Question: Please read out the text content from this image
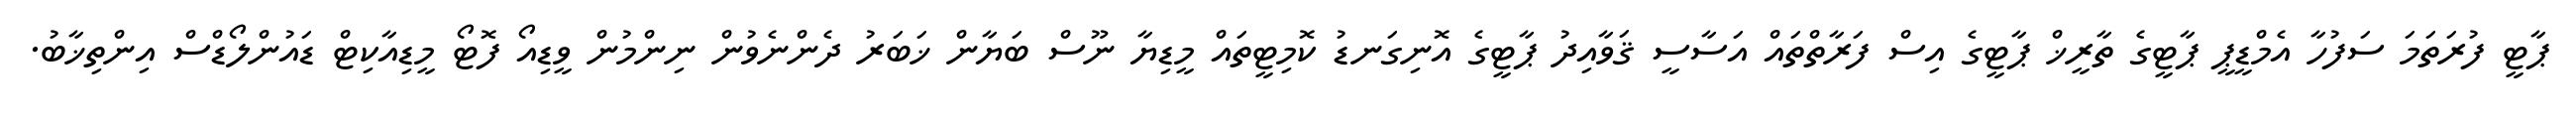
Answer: ޕާޓީ ފުރަތަމަ ސަފުހާ އެމްޑީޕީ ޕާޓީގެ ތާރީޚް ޕާޓީގެ އިސް ފަރާތްތައް އަސާސީ ޤަވާއިދު ޕާޓީގެ އޮނިގަނޑު ކޮމިޓީތައް މީޑިޔާ ނޫސް ބަޔާން ޚަބަރު ދެންނެވުން ނިންމުން ވީޑިއޯ ފޮޓޯ މީޑިއާކިޓް ޑައުންލޯޑްސް އިންތިޚާބު.